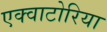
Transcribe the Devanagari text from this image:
एक्वाटोरिया